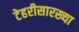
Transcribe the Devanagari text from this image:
टेहरीसारख्या